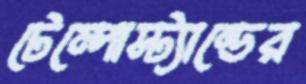
টেম্পোস্ট্যান্ডের